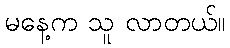
မနေ့က သူ လာတယ်။